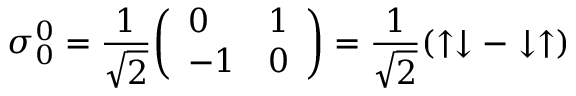
{ \boldsymbol { \sigma } } _ { 0 } ^ { 0 } = { \frac { 1 } { \sqrt { 2 } } } { \left( \begin{array} { l l } { 0 } & { 1 } \\ { - 1 } & { 0 } \end{array} \right) } = { \frac { 1 } { \sqrt { 2 } } } ( \uparrow \downarrow - \downarrow \uparrow )